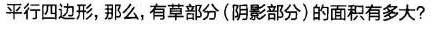
平行四边形，那么，有草部分(阴影部分)的面积有多大?